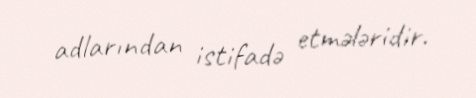
adlarından istifadə etmələridir.